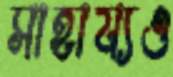
সাহায্যও